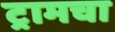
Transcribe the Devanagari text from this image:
ट्रामचा